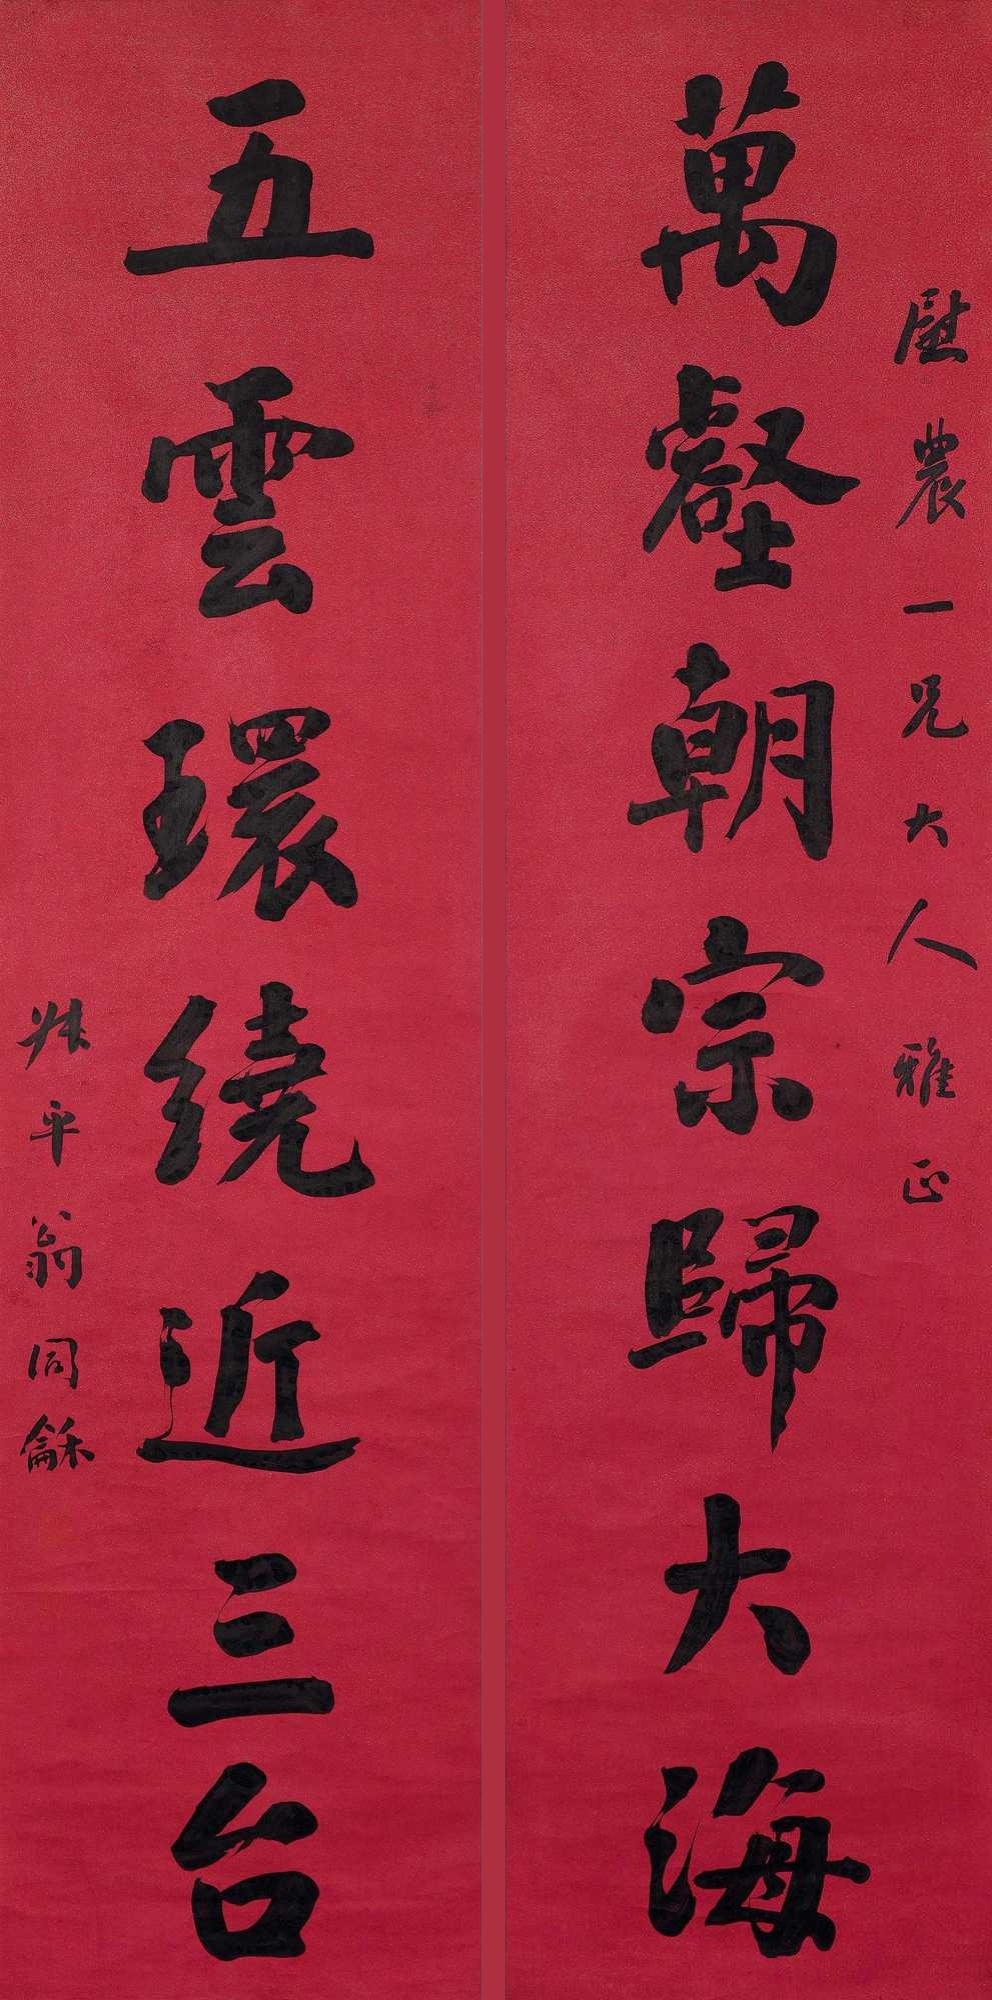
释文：万壑朝宗归大海，五云环绕近三台。慰农一兄大人雅正，叔平翁同龢。